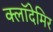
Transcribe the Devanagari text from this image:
क्लॉदेमिर